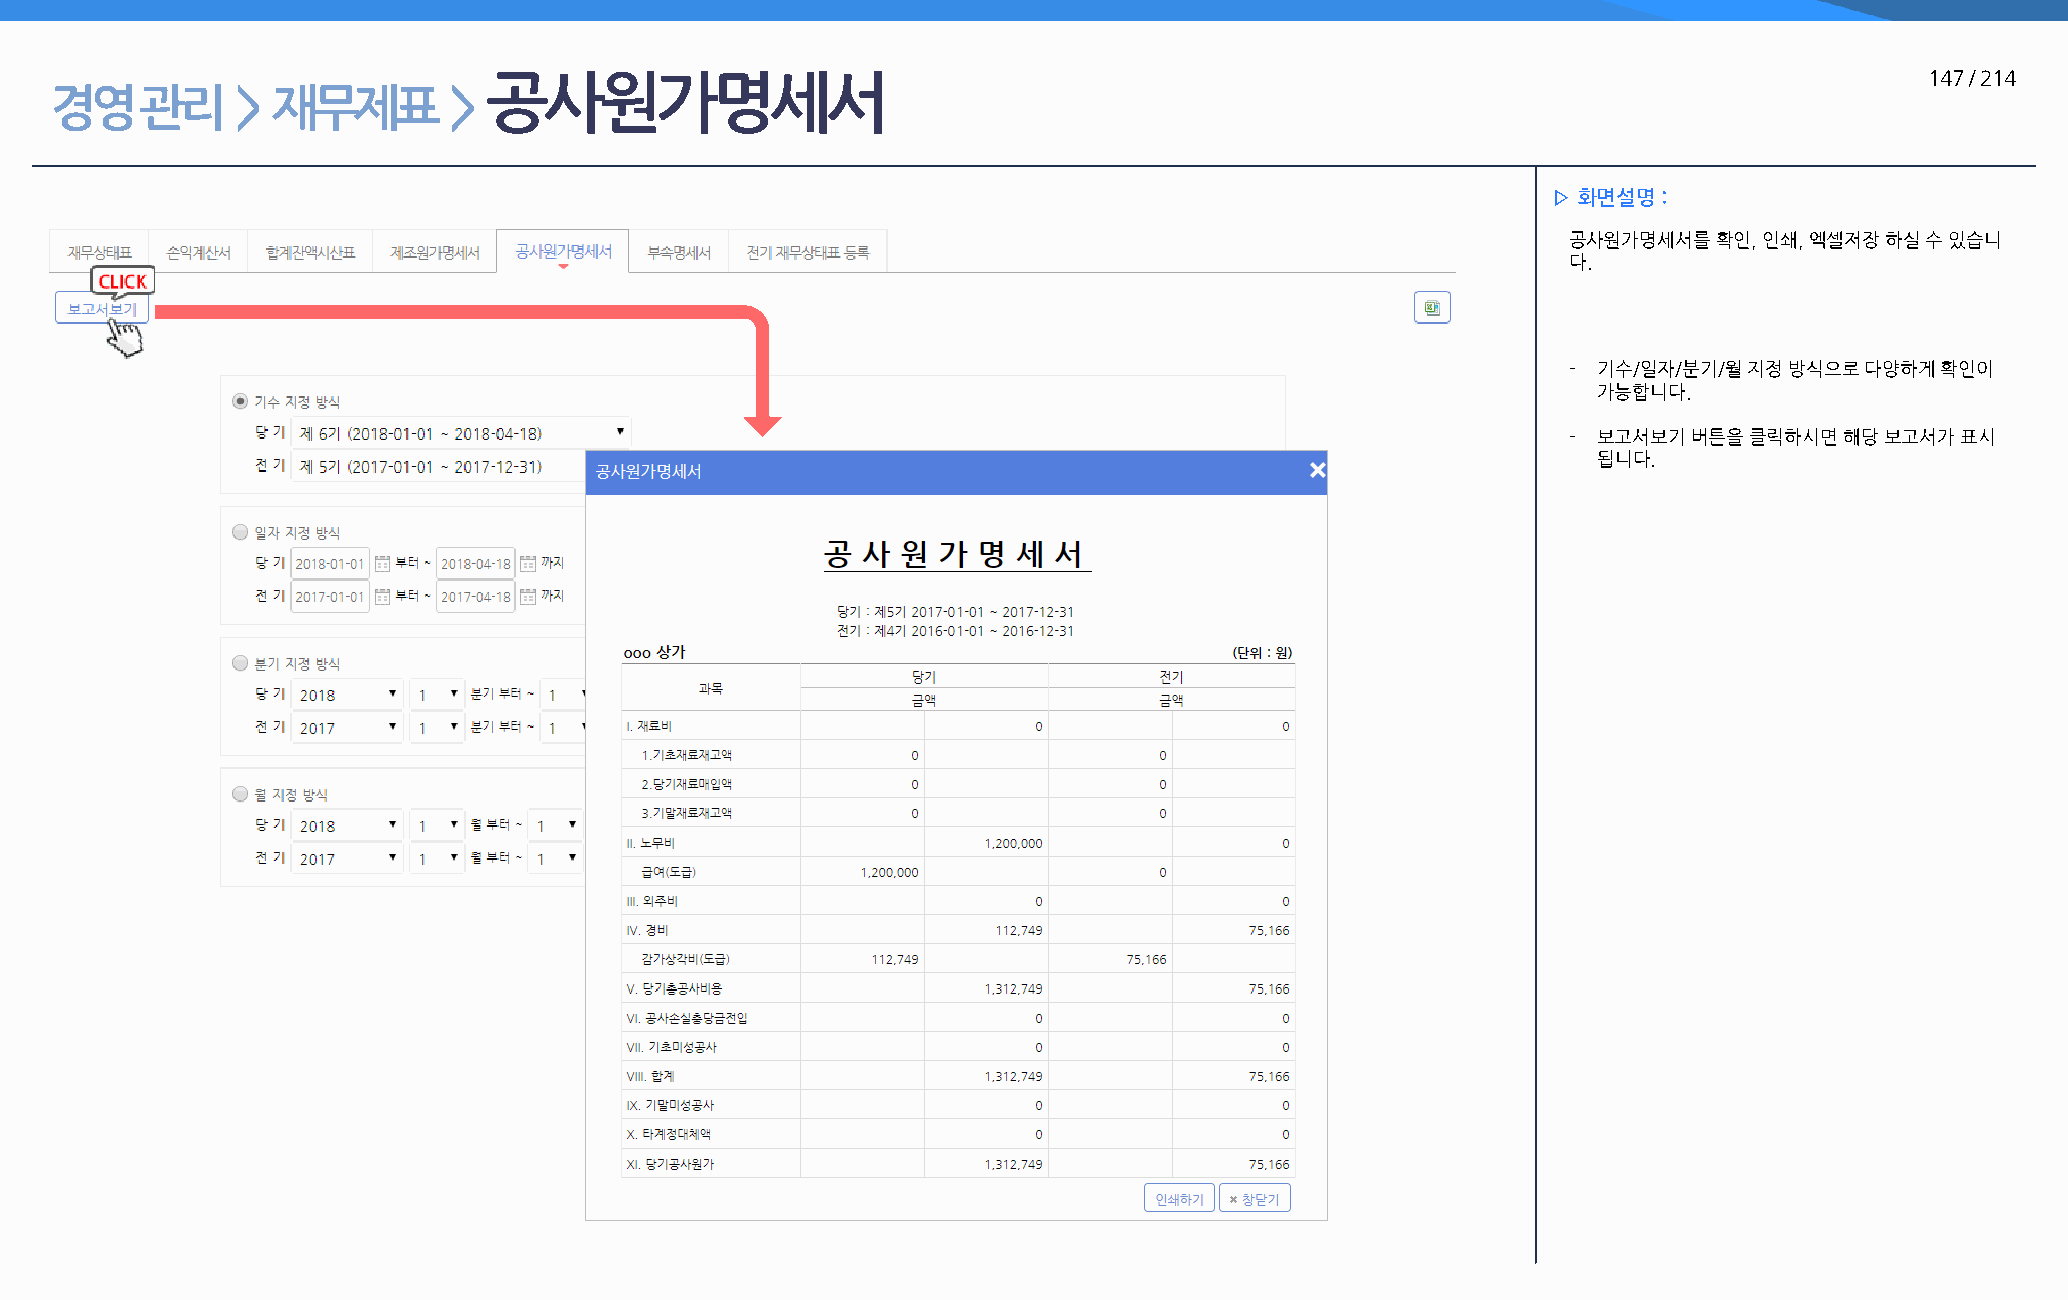
공사원가명세서                                                                                         147 / 214
 경영    관리     > 재무제표        >
 ▷ 화면설명 :
 공사원가명세서를  확인, 인쇄, 엑셀저장 하실 수 있습니
 다.
 - 기수/일자/분기/월 지정 방식으로 다양하게 확인이
 가능합니다.
 - 보고서보기 버튼을 클릭하시면 해당 보고서가 표시
 됩니다.